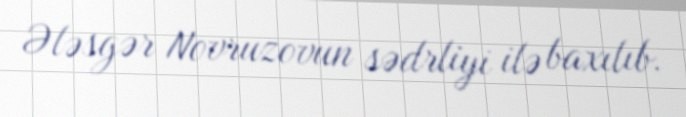
Ələsgər Novruzovun sədrliyi ilə baxılıb.